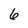
Character: 6